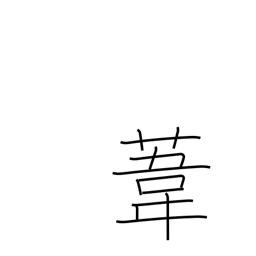
Meaning: reed